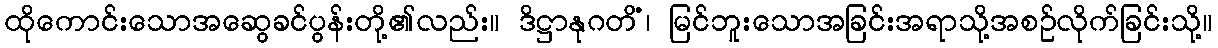
ထိုကောင်းသောအဆွေခင်ပွန်းတို့၏လည်း။ ဒိဋ္ဌာနုဂတိံ၊ မြင်ဘူးသောအခြင်းအရာသို့အစဉ်လိုက်ခြင်းသို့။